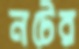
নটের